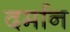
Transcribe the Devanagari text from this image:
दर्मान